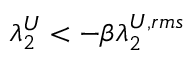
\lambda _ { 2 } ^ { U } < - \beta \lambda _ { 2 } ^ { U , r m s }